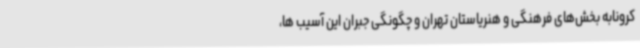
کرونابه بخش‌های فرهنگی و هنریاستان تهران و چگونگی جبران این آسیب ها،